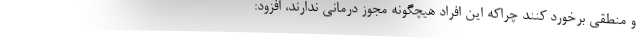
و منطقی برخورد کنند چراکه این افراد هیچگونه مجوز درمانی ندارند، افزود: